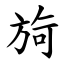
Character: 㫊